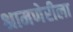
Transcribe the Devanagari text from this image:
श्रामणेरीला